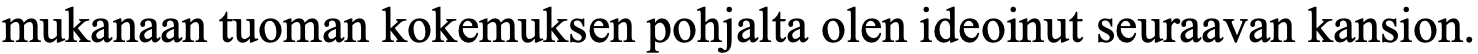
mukanaan tuoman kokemuksen pohjalta olen ideoinut seuraavan kansion.